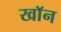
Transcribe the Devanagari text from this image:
खाॅन